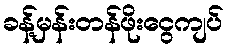
ခန့်မှန်းတန်ဖိုးငွေကျပ်